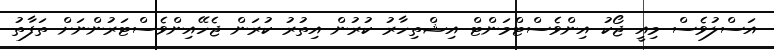
އަސްލުވެސް މިއީ ޖޯކު އިންވެސްޓްމަންޓް އިޝްތިހާރު ކުރުން އިތުރު ކުރަން ޖެހޭއިންވެސްޓަރުންނަށް ތަފާތު